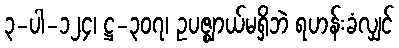
၃-ပါ-၁၂၄၊ ဋ္ဌ-၃၀၇၊ ဥပဇ္ဈာယ်မရှိဘဲ ရဟန်းခံလျှင်